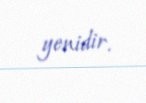
yenidir.